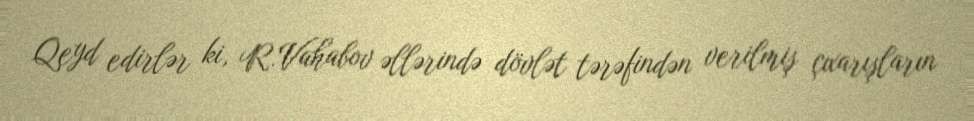
Qeyd edirlər ki, R.Vahabov əllərində dövlət tərəfindən verilmiş çıxarışların